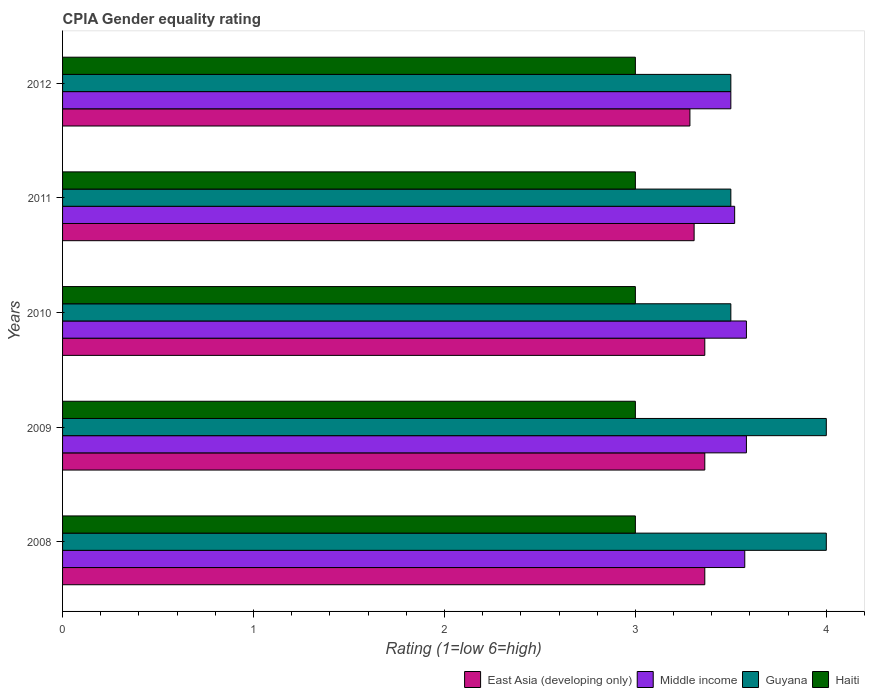
| Years | East Asia (developing only) | Middle income | Guyana | Haiti |
 | --- | --- | --- | --- | --- |
 | 2008 | 3.36 | 3.57 | 4 | 3 |
 | 2009 | 3.36 | 3.58 | 4 | 3 |
 | 2010 | 3.36 | 3.58 | 3.5 | 3 |
 | 2011 | 3.31 | 3.52 | 3.5 | 3 |
 | 2012 | 3.29 | 3.5 | 3.5 | 3 |